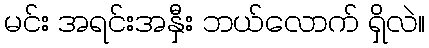
မင်း အရင်းအနှီး ဘယ်လောက် ရှိလဲ။